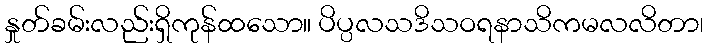
နှုတ်ခမ်းလည်းရှိကုန်ထသော။ ပိပ္ပလသဒိသဝရနာသိကမလလိတာ၊